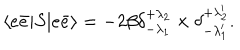
LaTeX: \langle e \bar { e } | S | e \bar { e } \rangle = - 2 \beta \delta _ { - \lambda _ { 1 } } ^ { + \lambda _ { 2 } } \times \delta _ { - \lambda _ { 1 } ^ { \prime } } ^ { + \lambda _ { 2 } ^ { \prime } } .